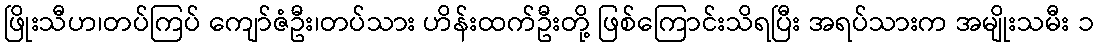
ဖြိုးသီဟ၊တပ်ကြပ် ကျော်ဇံဦး၊တပ်သား ဟိန်းထက်ဦးတို့ ဖြစ်ကြောင်းသိရပြီး အရပ်သားက အမျိုးသမီး ၁